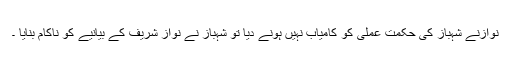
نوازنے شہباز کی حکمت عملی کو کامیاب نہیں ہونے دیا تو شہباز نے نواز شریف کے بیانیے کو ناکام بنایا ۔